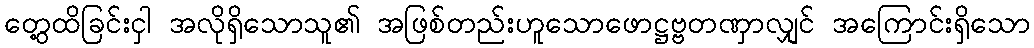
တွေ့ထိခြင်းငှါ အလိုရှိသောသူ၏ အဖြစ်တည်းဟူသောဖောဋ္ဌဗ္ဗတဏှာလျှင် အကြောင်းရှိသော